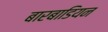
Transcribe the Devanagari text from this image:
बारबाडियन